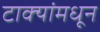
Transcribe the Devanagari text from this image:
टाक्यांमधून